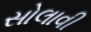
સોલાવી